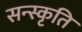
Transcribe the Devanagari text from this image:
सन्स्कृति